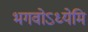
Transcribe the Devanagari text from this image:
भगवोऽध्येमि